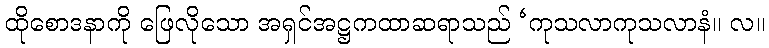
ထိုစောဒနာကို ဖြေလိုသော အရှင်အဋ္ဌကထာဆရာသည် ‘ကုသလာကုသလာနံ။ လ။